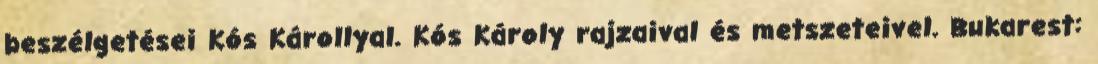
beszélgetései Kós Károllyal. Kós Károly rajzaival és metszeteivel. Bukarest: